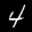
Label: 4